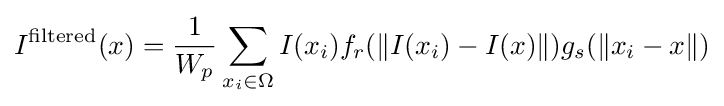
I^{\text{filtered}}(x)={\frac {1}{W_{p}}}\sum _{x_{i}\in \Omega }I(x_{i})f_{r}(\|I(x_{i})-I(x)\|)g_{s}(\|x_{i}-x\|)